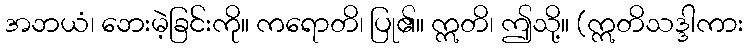
အဘယံ၊ ဘေးမဲ့ခြင်းကို။ ကရောတိ၊ ပြု၏။ ဣတိ၊ ဤသို့။ (ဣတိသဒ္ဒါကား